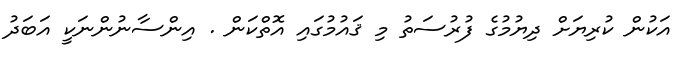
އަކުން ކުރިޔަށް ދިޔުމުގެ ފުރުސަތު މި ޤައުމުގައި އޮތްކަން . އިންސާނުންނަކީ އަބަދު